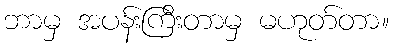
ဘာမှ အပန်းကြီးတာမှ မဟုတ်တာ။